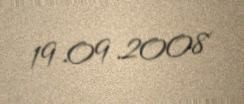
19.09.2008